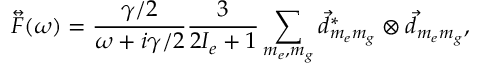
\overleftrightarrow { F } ( \omega ) = \frac { \gamma / 2 } { \omega + i \gamma / 2 } \frac { 3 } { 2 I _ { e } + 1 } \sum _ { m _ { e } , m _ { g } } \vec { d } _ { m _ { e } m _ { g } } ^ { * } \otimes \vec { d } _ { m _ { e } m _ { g } } ,